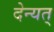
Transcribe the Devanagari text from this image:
देन्यत्